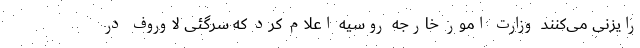
رایزنی می‌کنند وزارت امور خارجه روسیه اعلام کرد که سرگئی لاوروف در